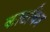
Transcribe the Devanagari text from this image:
काटचित्र